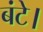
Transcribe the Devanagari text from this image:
बंटे।